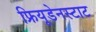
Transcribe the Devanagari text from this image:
फ्रियूडेनस्टाट